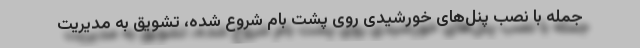
جمله با نصب پنل‌های خورشیدی روی پشت بام شروع شده، تشویق به مدیریت